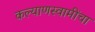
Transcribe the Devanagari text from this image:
कल्याणस्वामींचा